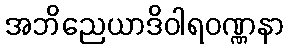
အဘိညေယာဒိဝါရဝဏ္ဏနာ